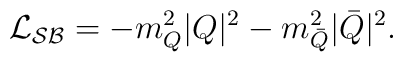
{\cal L_{SB}}=-m_Q^2|Q|^2-m_{\bar Q}^2|\bar Q|^2.